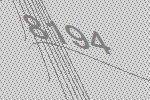
8194